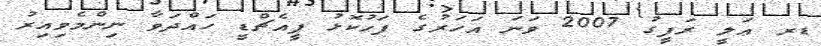
ޑރ ޢަލީ ރަފީގު 2007 ވަނަ އަހަރުގެ ފަހުކޮޅު ޕީއެޗްޑީ ހައްދަވާ ނިންމެވިއިރު